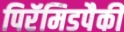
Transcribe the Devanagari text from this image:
पिरॅमिडपैकी